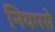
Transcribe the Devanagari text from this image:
नियमसे